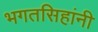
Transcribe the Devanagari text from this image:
भगतसिहांनी